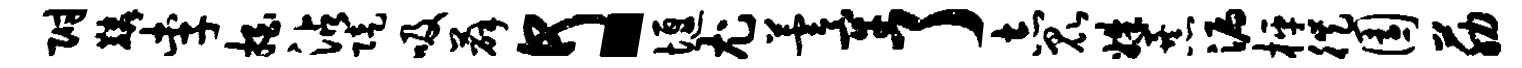
附麟李拍沾陡吸薛何。堰尤芸牢了志昆姝暴漏枰徙园筋